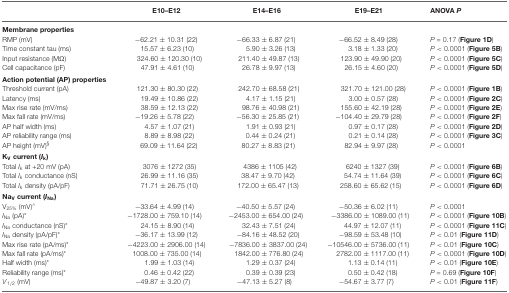
<table><thead><tr><td></td><td><b>E10–E12</b></td><td><b>E14–E16</b></td><td><b>E19–E21</b></td><td><b>ANOVA <i>P</i></b></td></tr></thead><tbody><tr><td><b>Membrane properties</b></td></tr><tr><td>RMP (mV)</td><td>−62.21 ± 10.31 (22)</td><td>−66.33 ± 6.87 (21)</td><td>−66.52 ± 8.49 (28)</td><td><i>P</i> = 0.17 (Figure 1D)</td></tr><tr><td>Time constant tau (ms)</td><td>15.57 ± 6.23 (10)</td><td>5.90 ± 3.26 (13)</td><td>3.18 ± 1.33 (20)</td><td><i>P</i> &lt; 0.0001 (Figure 5B)</td></tr><tr><td>Input resistance (MΩ)</td><td>324.60 ± 120.30 (10)</td><td>211.40 ± 49.87 (13)</td><td>123.90 ± 49.90 (20)</td><td><i>P</i> &lt; 0.0001 (Figure 5C)</td></tr><tr><td>Cell capacitance (pF)</td><td>47.91 ± 4.61 (10)</td><td>26.78 ± 9.97 (13)</td><td>26.15 ± 4.60 (20)</td><td><i>P</i> &lt; 0.0001 (Figure 5D)</td></tr><tr><td><b>Action potential (AP) properties</b></td></tr><tr><td>Threshold current (pA)</td><td>121.30 ± 80.30 (22)</td><td>242.70 ± 68.58 (21)</td><td>321.70 ± 121.00 (28)</td><td><i>P</i> &lt; 0.0001 (Figure 1B)</td></tr><tr><td>Latency (ms)</td><td>19.49 ± 10.86 (22)</td><td>4.17 ± 1.15 (21)</td><td>3.00 ± 0.57 (28)</td><td><i>P</i> &lt; 0.0001 (Figure 2C)</td></tr><tr><td>Max rise rate (mV/ms)</td><td>38.59 ± 12.13 (22)</td><td>98.76 ± 40.98 (21)</td><td>155.60 ± 42.19 (28)</td><td><i>P</i> &lt; 0.0001 (Figure 2E)</td></tr><tr><td>Max fall rate (mV/ms)</td><td>−19.26 ± 5.78 (22)</td><td>−56.30 ± 25.85 (21)</td><td>−104.40 ± 29.79 (28)</td><td><i>P</i> &lt; 0.0001 (Figure 2F)</td></tr><tr><td>AP half width (ms)</td><td>4.57 ± 1.07 (21)</td><td>1.91 ± 0.93 (21)</td><td>0.97 ± 0.17 (28)</td><td><i>P</i> &lt; 0.0001 (Figure 2D)</td></tr><tr><td>AP reliability range (ms)</td><td>8.89 ± 8.98 (22)</td><td>0.44 ± 0.24 (21)</td><td>0.21 ± 0.14 (28)</td><td><i>P</i> &lt; 0.0001 (Figure 3C)</td></tr><tr><td>AP height (mV)<sup>§</sup></td><td>69.09 ± 11.64 (22)</td><td>80.27 ± 8.83 (21)</td><td>82.94 ± 9.97 (28)</td><td><i>P</i> &lt; 0.0001</td></tr><tr><td><b>K<sub>V</sub> current (<i>I</i><sub>k</sub>)</b></td></tr><tr><td>Total <i>I</i><sub>k</sub> at +20 mV (pA)</td><td>3076 ± 1272 (35)</td><td>4386 ± 1105 (42)</td><td>6240 ± 1327 (39)</td><td><i>P</i> &lt; 0.0001 (Figure 6B)</td></tr><tr><td>Total <i>I</i><sub>k</sub> conductance (nS)</td><td>26.99 ± 11.16 (35)</td><td>38.47 ± 9.70 (42)</td><td>54.74 ± 11.64 (39)</td><td><i>P</i> &lt; 0.0001 (Figure 6C)</td></tr><tr><td>Total <i>I</i><sub>k</sub> density (pA/pF)</td><td>71.71 ± 26.75 (10)</td><td>172.00 ± 65.47 (13)</td><td>258.60 ± 65.62 (15)</td><td><i>P</i> &lt; 0.0001 (Figure 6D)</td></tr><tr><td><b>Na<sub>V</sub> current (<i>I</i><sub>Na</sub>)</b></td></tr><tr><td>V<sub>25%</sub> (mV)<sup>∧</sup></td><td>−33.64 ± 4.99 (14)</td><td>−40.50 ± 5.57 (24)</td><td>−50.36 ± 6.02 (11)</td><td><i>P</i> &lt; 0.0001</td></tr><tr><td><i>I</i><sub>Na</sub> (pA)*</td><td>−1728.00 ± 759.10 (14)</td><td>−2453.00 ± 654.00 (24)</td><td>−3386.00 ± 1089.00 (11)</td><td><i>P</i> &lt; 0.0001 (Figure 10B)</td></tr><tr><td><i>I</i><sub>Na</sub> conductance (nS)*</td><td>24.15 ± 8.90 (14)</td><td>32.43 ± 7.51 (24)</td><td>44.97 ± 12.07 (11)</td><td><i>P</i> &lt; 0.0001 (Figure 11C)</td></tr><tr><td><i>I</i><sub>Na</sub> density (pA/pF)*</td><td>−36.17 ± 13.99 (12)</td><td>−84.16 ± 48.52 (20)</td><td>−98.59 ± 53.48 (10)</td><td><i>P</i> &lt; 0.01 (Figure 11D)</td></tr><tr><td>Max rise rate (pA/ms)*</td><td>−4223.00 ± 2906.00 (14)</td><td>−7836.00 ± 3837.00 (24)</td><td>−10546.00 ± 5736.00 (11)</td><td><i>P</i> &lt; 0.01 (Figure 10C)</td></tr><tr><td>Max fall rate (pA/ms)*</td><td>1008.00 ± 735.00 (14)</td><td>1842.00 ± 776.80 (24)</td><td>2782.00 ± 1117.00 (11)</td><td><i>P</i> &lt; 0.0001 (Figure 10D)</td></tr><tr><td>Half width (ms)*</td><td>1.99 ± 1.03 (14)</td><td>1.29 ± 0.37 (24)</td><td>1.13 ± 0.14 (11)</td><td><i>P</i> &lt; 0.01 (Figure 10E)</td></tr><tr><td>Reliability range (ms)*</td><td>0.46 ± 0.42 (22)</td><td>0.39 ± 0.39 (23)</td><td>0.50 ± 0.42 (18)</td><td><i>P</i> = 0.69 (Figure 10F)</td></tr><tr><td><i>V</i><sub>1/2</sub> (mV)</td><td>−49.87 ± 3.20 (7)</td><td>−47.13 ± 5.27 (8)</td><td>−54.67 ± 3.77 (7)</td><td><i>P</i> &lt; 0.01 (Figure 11F)</td></tr></tbody></table>